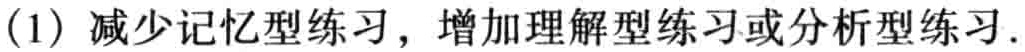
(1) 减少记忆型练习，增加理解型练习或分析型练习.